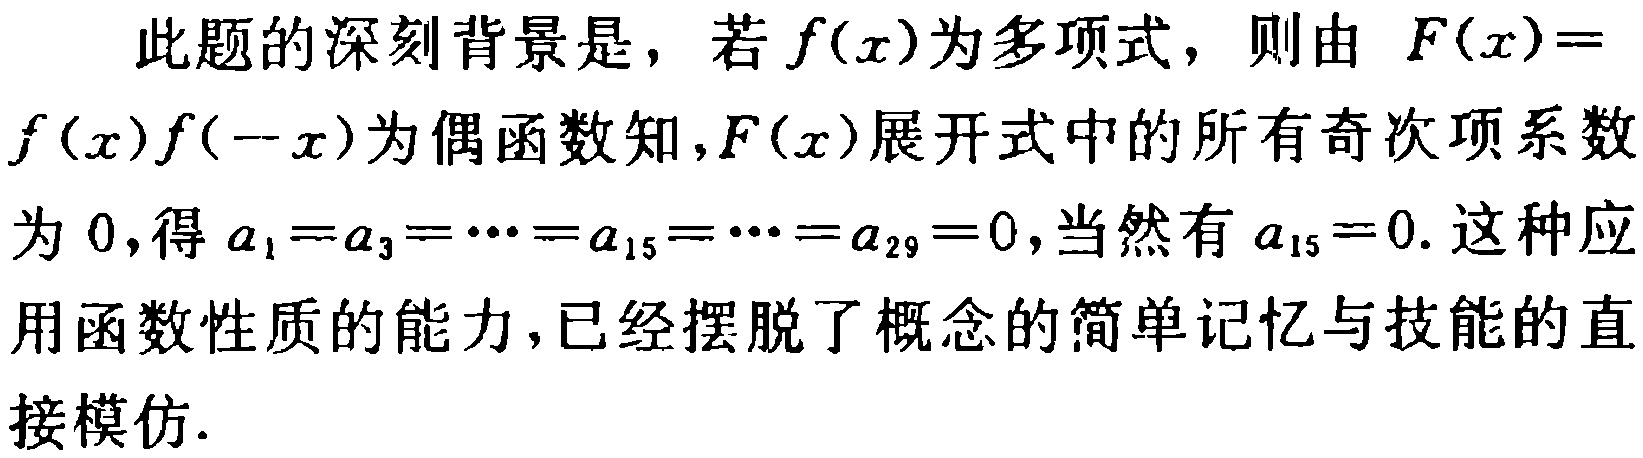
此题的深刻背景是，若\(f(x)\)为多项式，则由 \(F(x)=f(x)f( - x)\)为偶函数知，\(F(x)\)展开式中的所有奇次项系数为 \(0\)，得 \(a_{1}=a_{3}=\cdots=a_{15}=\cdots=a_{29}=0\)，当然有 \(a_{15}=0\). 这种应用函数性质的能力，已经摆脱了概念的简单记忆与技能的直接模仿.